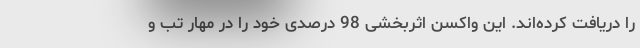
را دریافت کرده‌اند. این واکسن اثربخشی 98 درصدی خود را در مهار تب و